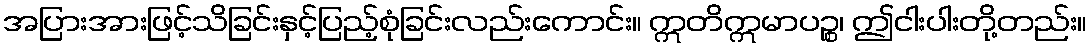
အပြားအားဖြင့်သိခြင်းနှင့်ပြည့်စုံခြင်းလည်းကောင်း။ ဣတိဣမာပဉ္စ၊ ဤငါးပါးတို့တည်း။